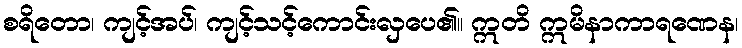
စရိတော၊ ကျင့်အပ်၊ ကျင့်သင့်ကောင်းလှပေ၏။ ဣတိ ဣမိနာကာရဏေန၊